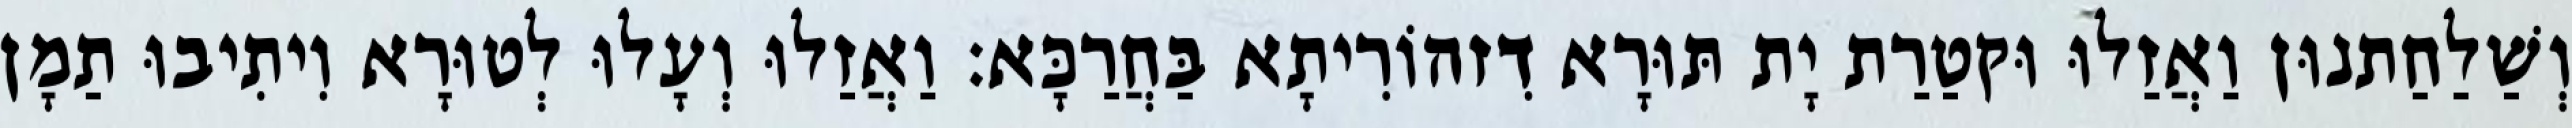
וְשַׁלַחַתנוּן וַאֲזַלוּ וּקטַרַת יָת תּוּרָא דִזהוֹרִיתָא בַּחֲרַכָּא׃ וַאֲזַלוּ וְעָלוּ לְטוּרָא וִיתִיבוּ תַמָן